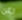
لكن